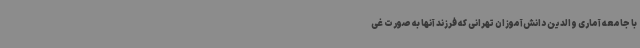
با جامعه آماری والدین دانش‌آموزان تهرانی که فرزند آنها به صورت غی